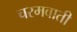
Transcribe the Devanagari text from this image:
चरमवाती